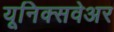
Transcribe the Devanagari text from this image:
यूनिक्सवेअर